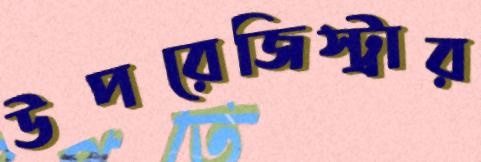
উপরেজিস্ট্রার